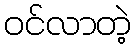
ဝင်လာတဲ့